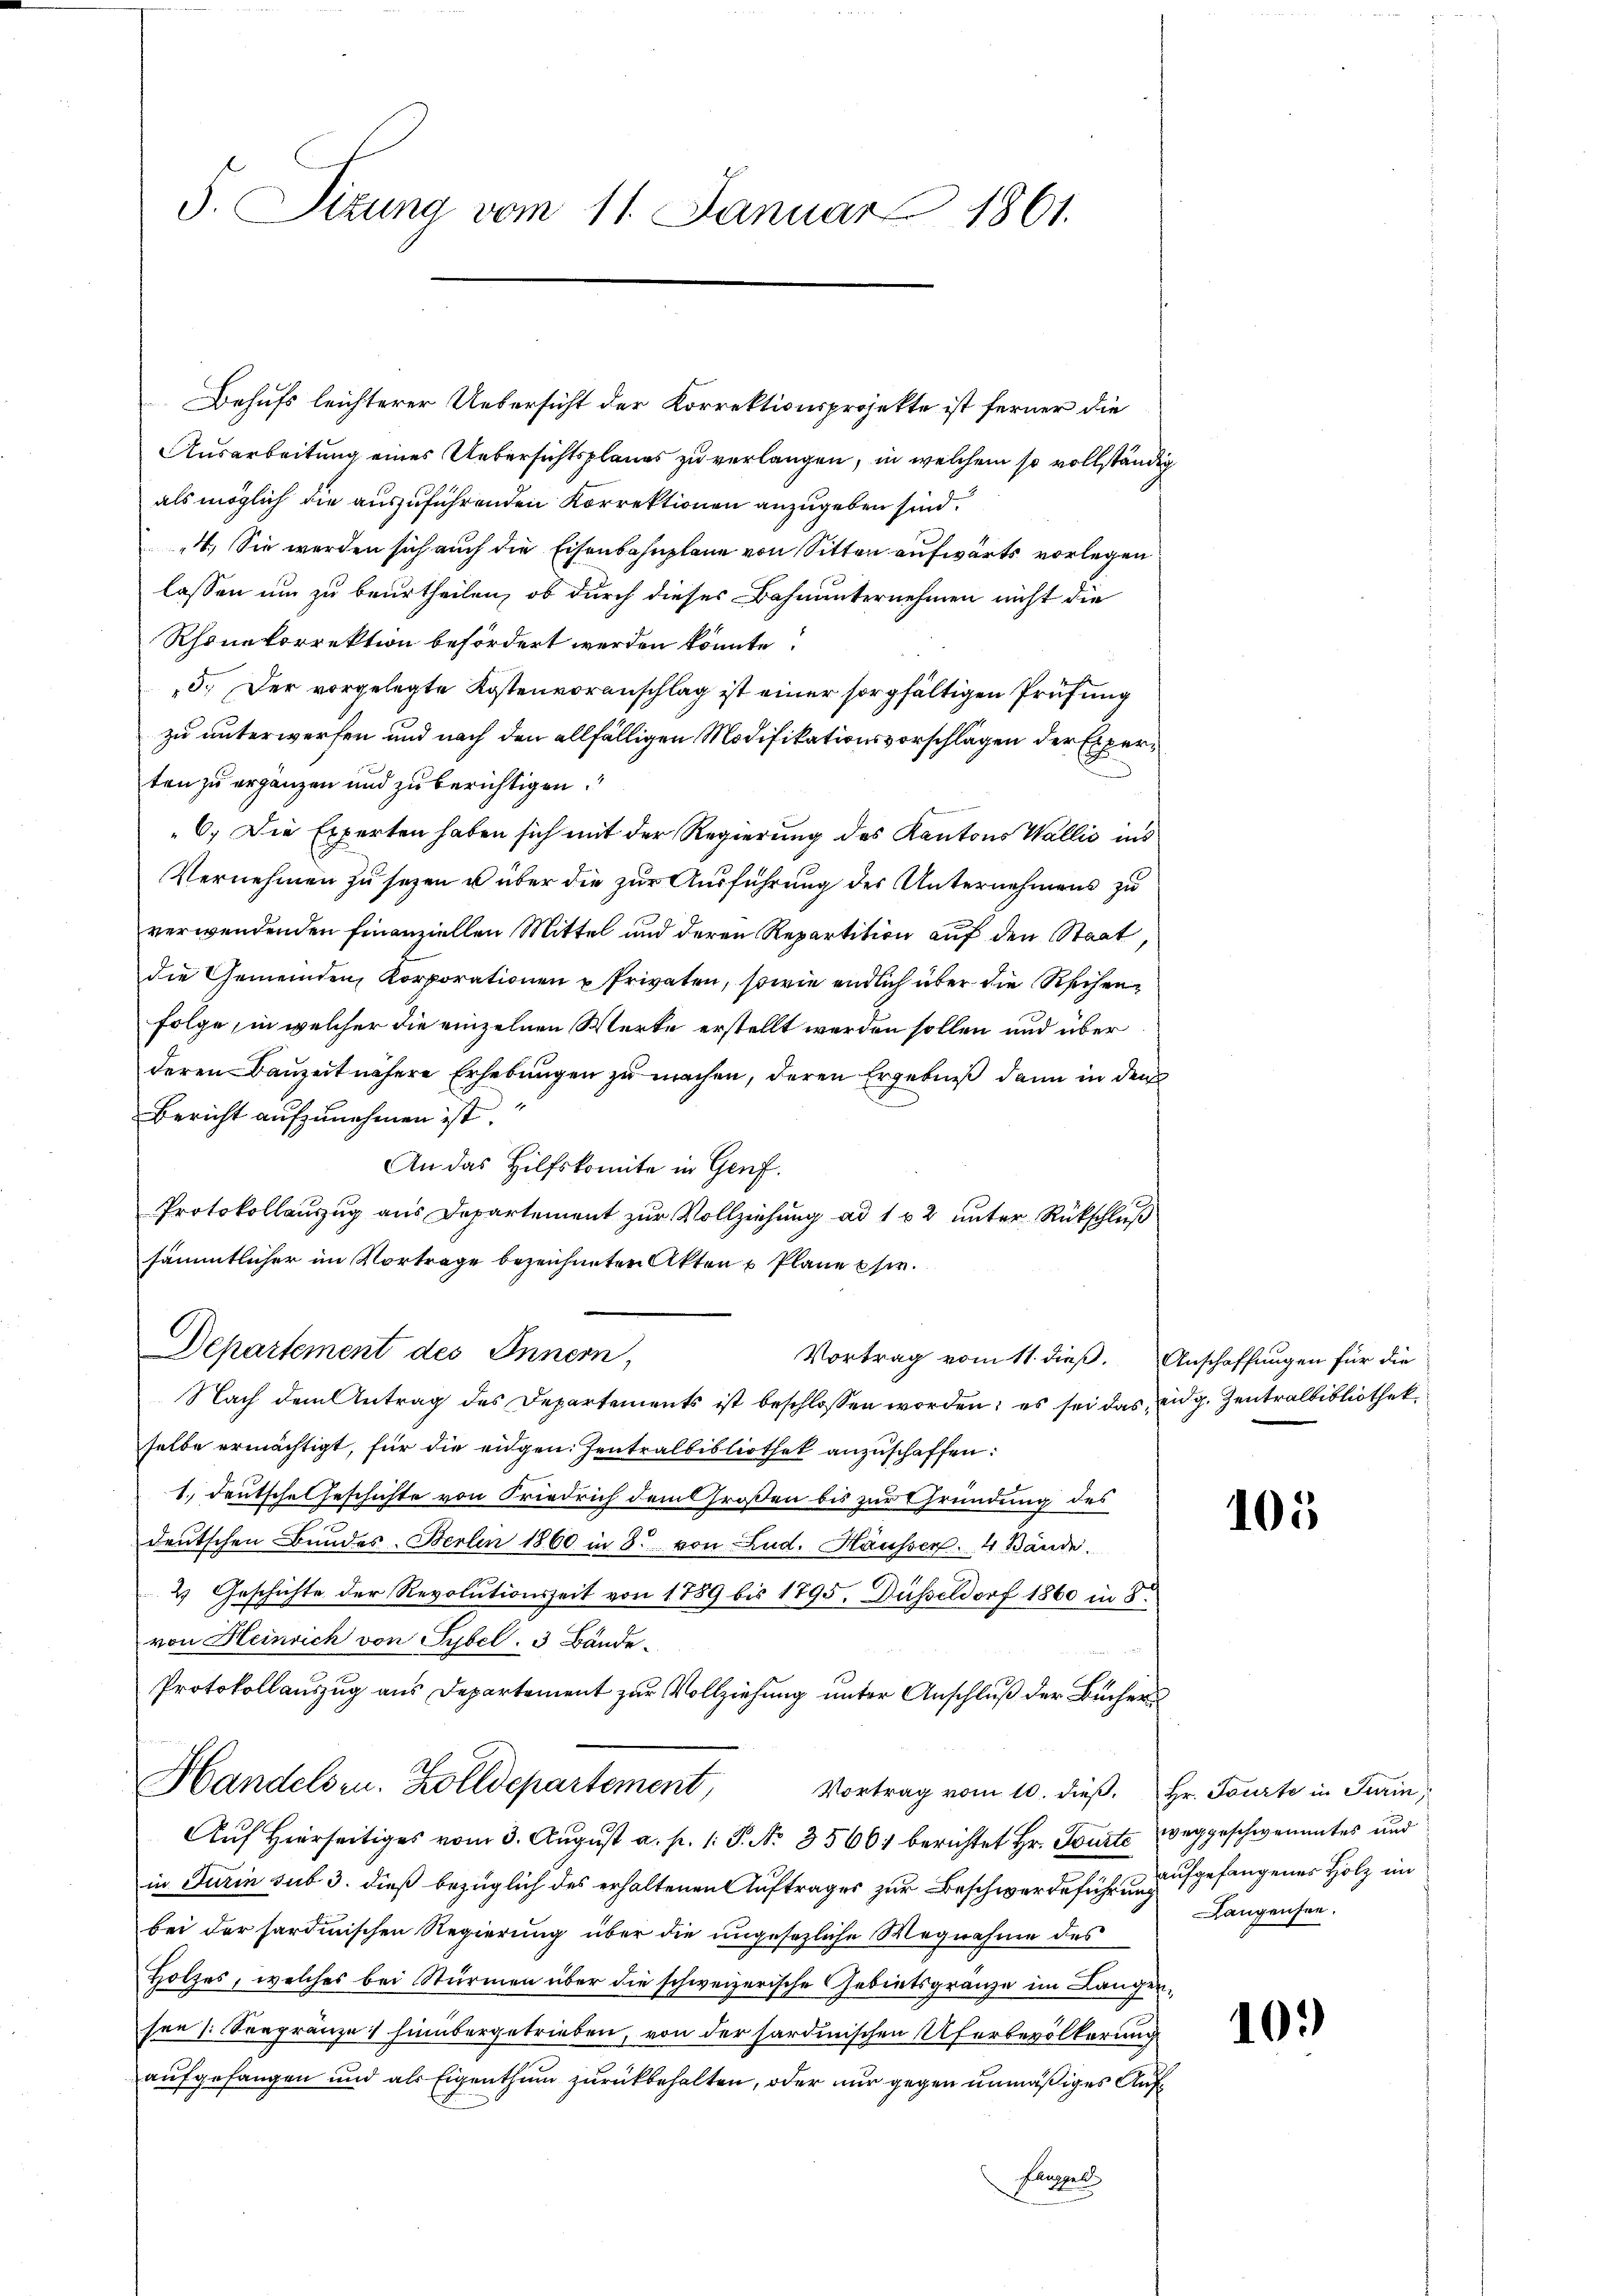
5. Sizung vom 11. Januar 1861.

Behufs leichterer Uebersicht der Korrektionsprojekte ist ferner die
Ausarbeitung eines Uebersichtsplanes zu verlangen, in welchem so vollständig
als möglich die auszuführenden Korrektionen anzugeben sind.
4. Sie werden sich auch die Eisenbahnplane von Sitten aufwärts vorlegen
lassen um zu beurtheilen, ob durch dieses Bahnunternehmen nicht die
Rhonekorrektion befördert werden könnte?
5.) Der vorgelegte Kostenvoranschlag ist einer sorgfältigen Prüfung
zu unterwerfen und nach den allfälligen Modifikationsvorschlagen der Experten zu ergänzen und zu berichtigen.
6. Die Experten haben sich mit der Regierung des Kantons Wallis ins
Vernehmen zu sehen u über die zur Ausführung des Unternehmens zu
verwendenden Finanziellen Mittel und deren Repartition auf den Staat
die Gemeinden, Korporationen u Privaten, sowie endlich über die Reihen¬
Folge, in welcher die einzelnen Werke erstellt werden sollen und über
deren Bauzeit nähere Erhebungen zu machen, deren Ergebniß dann in den
Bericht aufzunehmen ist.
An das Hilfskomite in Genf.
Protokollauszug aus Departement zur Vollziehung ad 1 x 2 unter Rückschluß
sämmtlicher im Vortrage bezeichneten Akten u Plane sie.
Departement des Innern,
Vortrag vom 11. dieß. Anschaffungen für die
Nach dem Antrag des Departements ist beschlossen worden; es sei das eidg. Zentralbibliothek
selbe ermächtigt, für die eidgen. Zentralbibliothek anzuschaffen:
1. Deutsche Geschichte von Friedrich dem Großen bis zur Gründung des
deutschen Bundes Berlin 1860 in 3. von Lud. Häusser.  4 Bände.
2. Geschichte der Revolutionszeit von 1789 bis 1795. Düßeldorf 1860 in 8.
von Heinrich von Sybel. 3 Bände¬
Protokollauszug aus Departement zur Vollziehung unter Anschluß der Büchers
Handelsen. Zolldepartement,
Vortrag vom 10. dieß Hr. Tourte in Turin,
Auf Hierseitiges vom 3. August a. p. 1. P. No. 35601 berichtet Hr. Tourte weggeschwementes und
in Turin sub 3. dieß bezüglich des erhaltenen Auftrages zur Beschwerdeführen aufgefangenes Holz im
bei der sardinischen Regierung über die ungesezliche Wegnahme des
Holzes, welches bei Stürmen über die schweizerische Gebietsgränze im Langen,
sen (Seegränze 1 hinübergetrieben, von der sardinischen Uferbevölkerung
aufgefangen und als Eigenthum zurückbehalten, oder nur gegen unmäßiges Auf¬

105

Langensee.

10.)